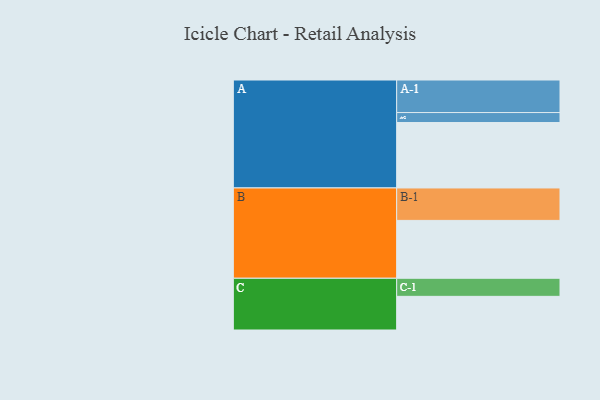
{"axis": {"x": "Segment", "y": "Value"}, "legend": ["", "A", "B", "C"], "data": [{"x": "A", "y": 597, "type": ""}, {"x": "B", "y": 528, "type": ""}, {"x": "C", "y": 307, "type": ""}, {"x": "A-1", "y": 297, "type": "A"}, {"x": "A-2", "y": 91, "type": "A"}, {"x": "B-1", "y": 296, "type": "B"}, {"x": "C-1", "y": 165, "type": "C"}]}